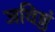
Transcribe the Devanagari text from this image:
जविष्ठं